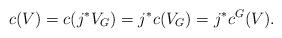
LaTeX: \begin{align*}c(V) = c(j^* V_G)= j^* c(V_G) = j^* c^G(V).\end{align*}